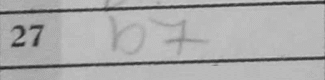
Transcription: b7